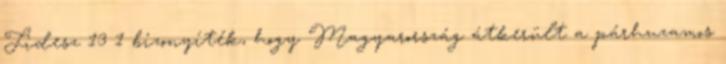
Fidesz 13 1 bizonyíték, hogy Magyarország átkerült a párhuzamos